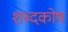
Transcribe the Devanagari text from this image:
शब्‍दकोष